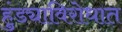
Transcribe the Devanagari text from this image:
हुंड्याविरोधात